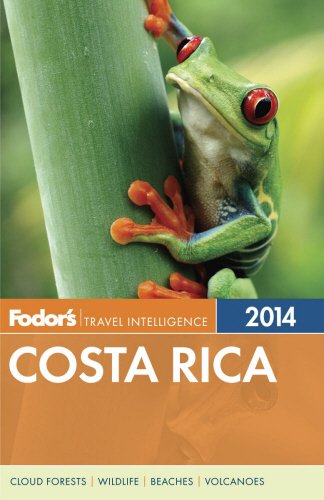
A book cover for Fodor's Costa Rica 2014 (Full-color Travel Guide); Fodor's; Travel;